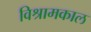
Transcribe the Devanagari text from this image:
विश्रामकाल